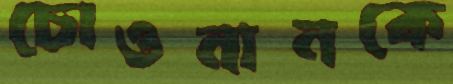
চোওনানকে